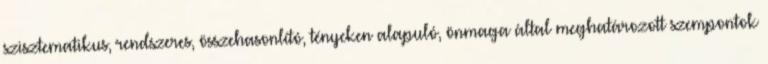
szisztematikus, rendszeres, összehasonlító, tényeken alapuló, önmaga által meghatározott szempontok